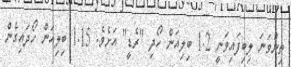
ތިންވަނަ ލިބިފައިވަނީ 1.2 ބިލިއަން ހޯދި "ރެޑީ" އަށެވެ. 1.15 ބިލިއަން ހޯދައިގެން